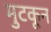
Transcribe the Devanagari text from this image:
मुटकून